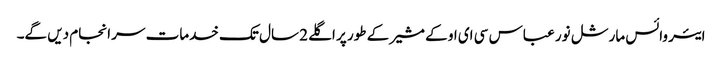
ایئر وائس مارشل نور عباس سی ای او کے مشیر کے طور پر اگلے 2 سال تک خدمات سر انجام دیں گے۔